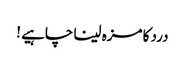
درد کا مزہ لینا چاہیے !